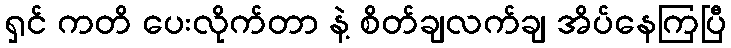
ရှင် ကတိ ပေးလိုက်တာ နဲ့ စိတ်ချလက်ချ အိပ်နေကြပြီ